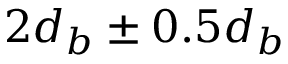
2 d _ { b } \pm 0 . 5 d _ { b }